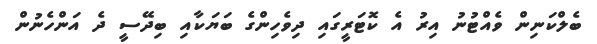
ބެލްކަނިން ވެއްޓުނު އިރު އެ ކޮޓަރީގައި ދިވެހިންގެ ބަޔަކާއި ބިދޭސީ ދެ އަންހެނުން